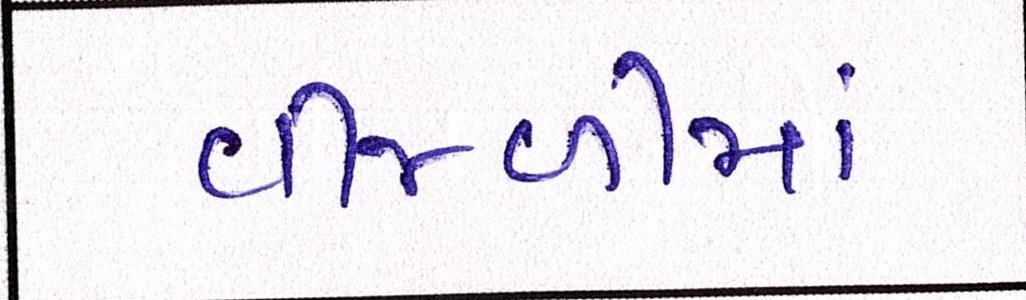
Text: વીજળીમાં